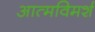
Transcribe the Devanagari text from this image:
आत्मविमर्श